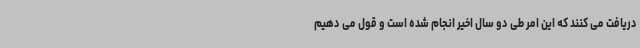
دریافت می کنند که این امر طی دو سال اخیر انجام شده است و قول می دهیم